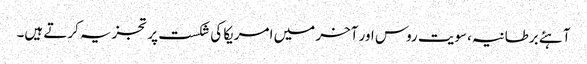
آہئے برطانیہ،سویت روس اور آخر میں امریکا کی شکست پر تجزیہ کرتے ہیں۔